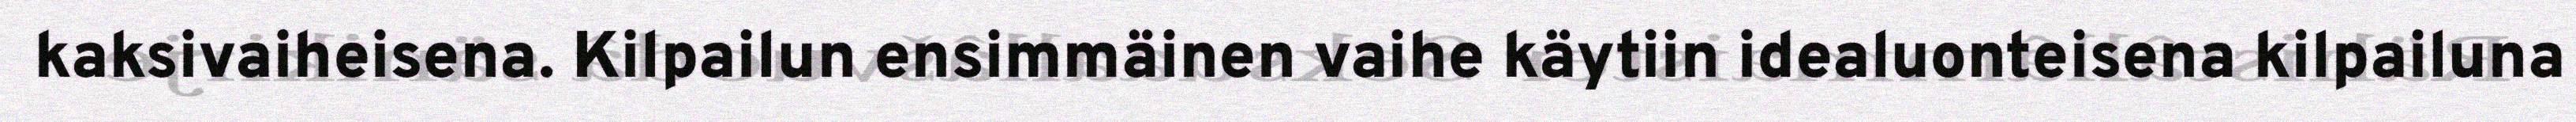
kaksivaiheisena. Kilpailun ensimmäinen vaihe käytiin idealuonteisena kilpailuna